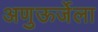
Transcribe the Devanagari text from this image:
अणुऊर्जेला